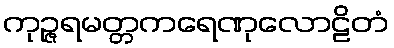
ကုဉ္ဇရမတ္တကရေဏုလောဠိတံ